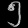
Digit: ၅